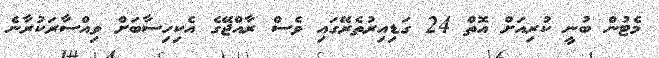
މެޓުން ބުނީ ކުރިއަށް އޮތް 24 ގަޑިއިރުތެރޭގައި ވެސް ރާއްޖޭގެ އެކިހިސާބަށް ވިއްސާރަކުރާނެ